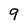
Character: 9